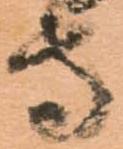
守